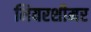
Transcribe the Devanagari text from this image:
मियरशीमर